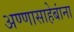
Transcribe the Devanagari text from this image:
अण्णासाहेबांना